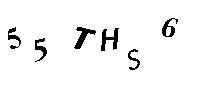
55THS6